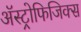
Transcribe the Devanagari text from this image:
अॅस्ट्रोफिजिक्स